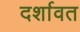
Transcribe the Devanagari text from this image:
दर्शावत